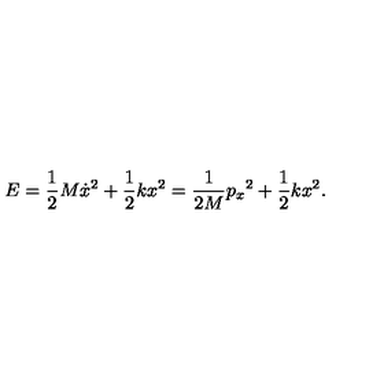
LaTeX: E = { \frac { 1 } { 2 } } M \dot { x } ^ { 2 } + { \frac { 1 } { 2 } } k x ^ { 2 } = { \frac { 1 } { 2 M } } { p _ { x } } ^ { 2 } + { \frac { 1 } { 2 } } k x ^ { 2 } .